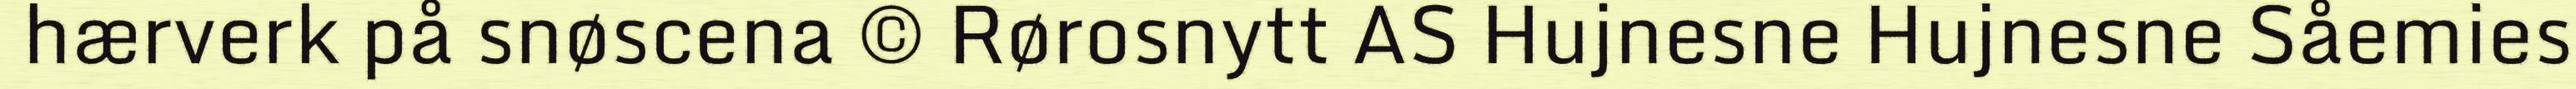
hærverk på snøscena © Rørosnytt AS Hujnesne Hujnesne Såemies